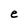
Character: e